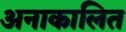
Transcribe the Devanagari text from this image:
अनाकालित